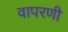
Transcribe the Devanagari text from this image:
वापरणी